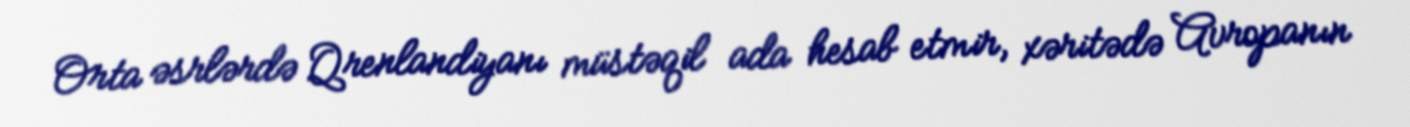
Orta əsrlərdə Qrenlandiyanı müstəqil ada hesab etmir, xəritədə Avropanın